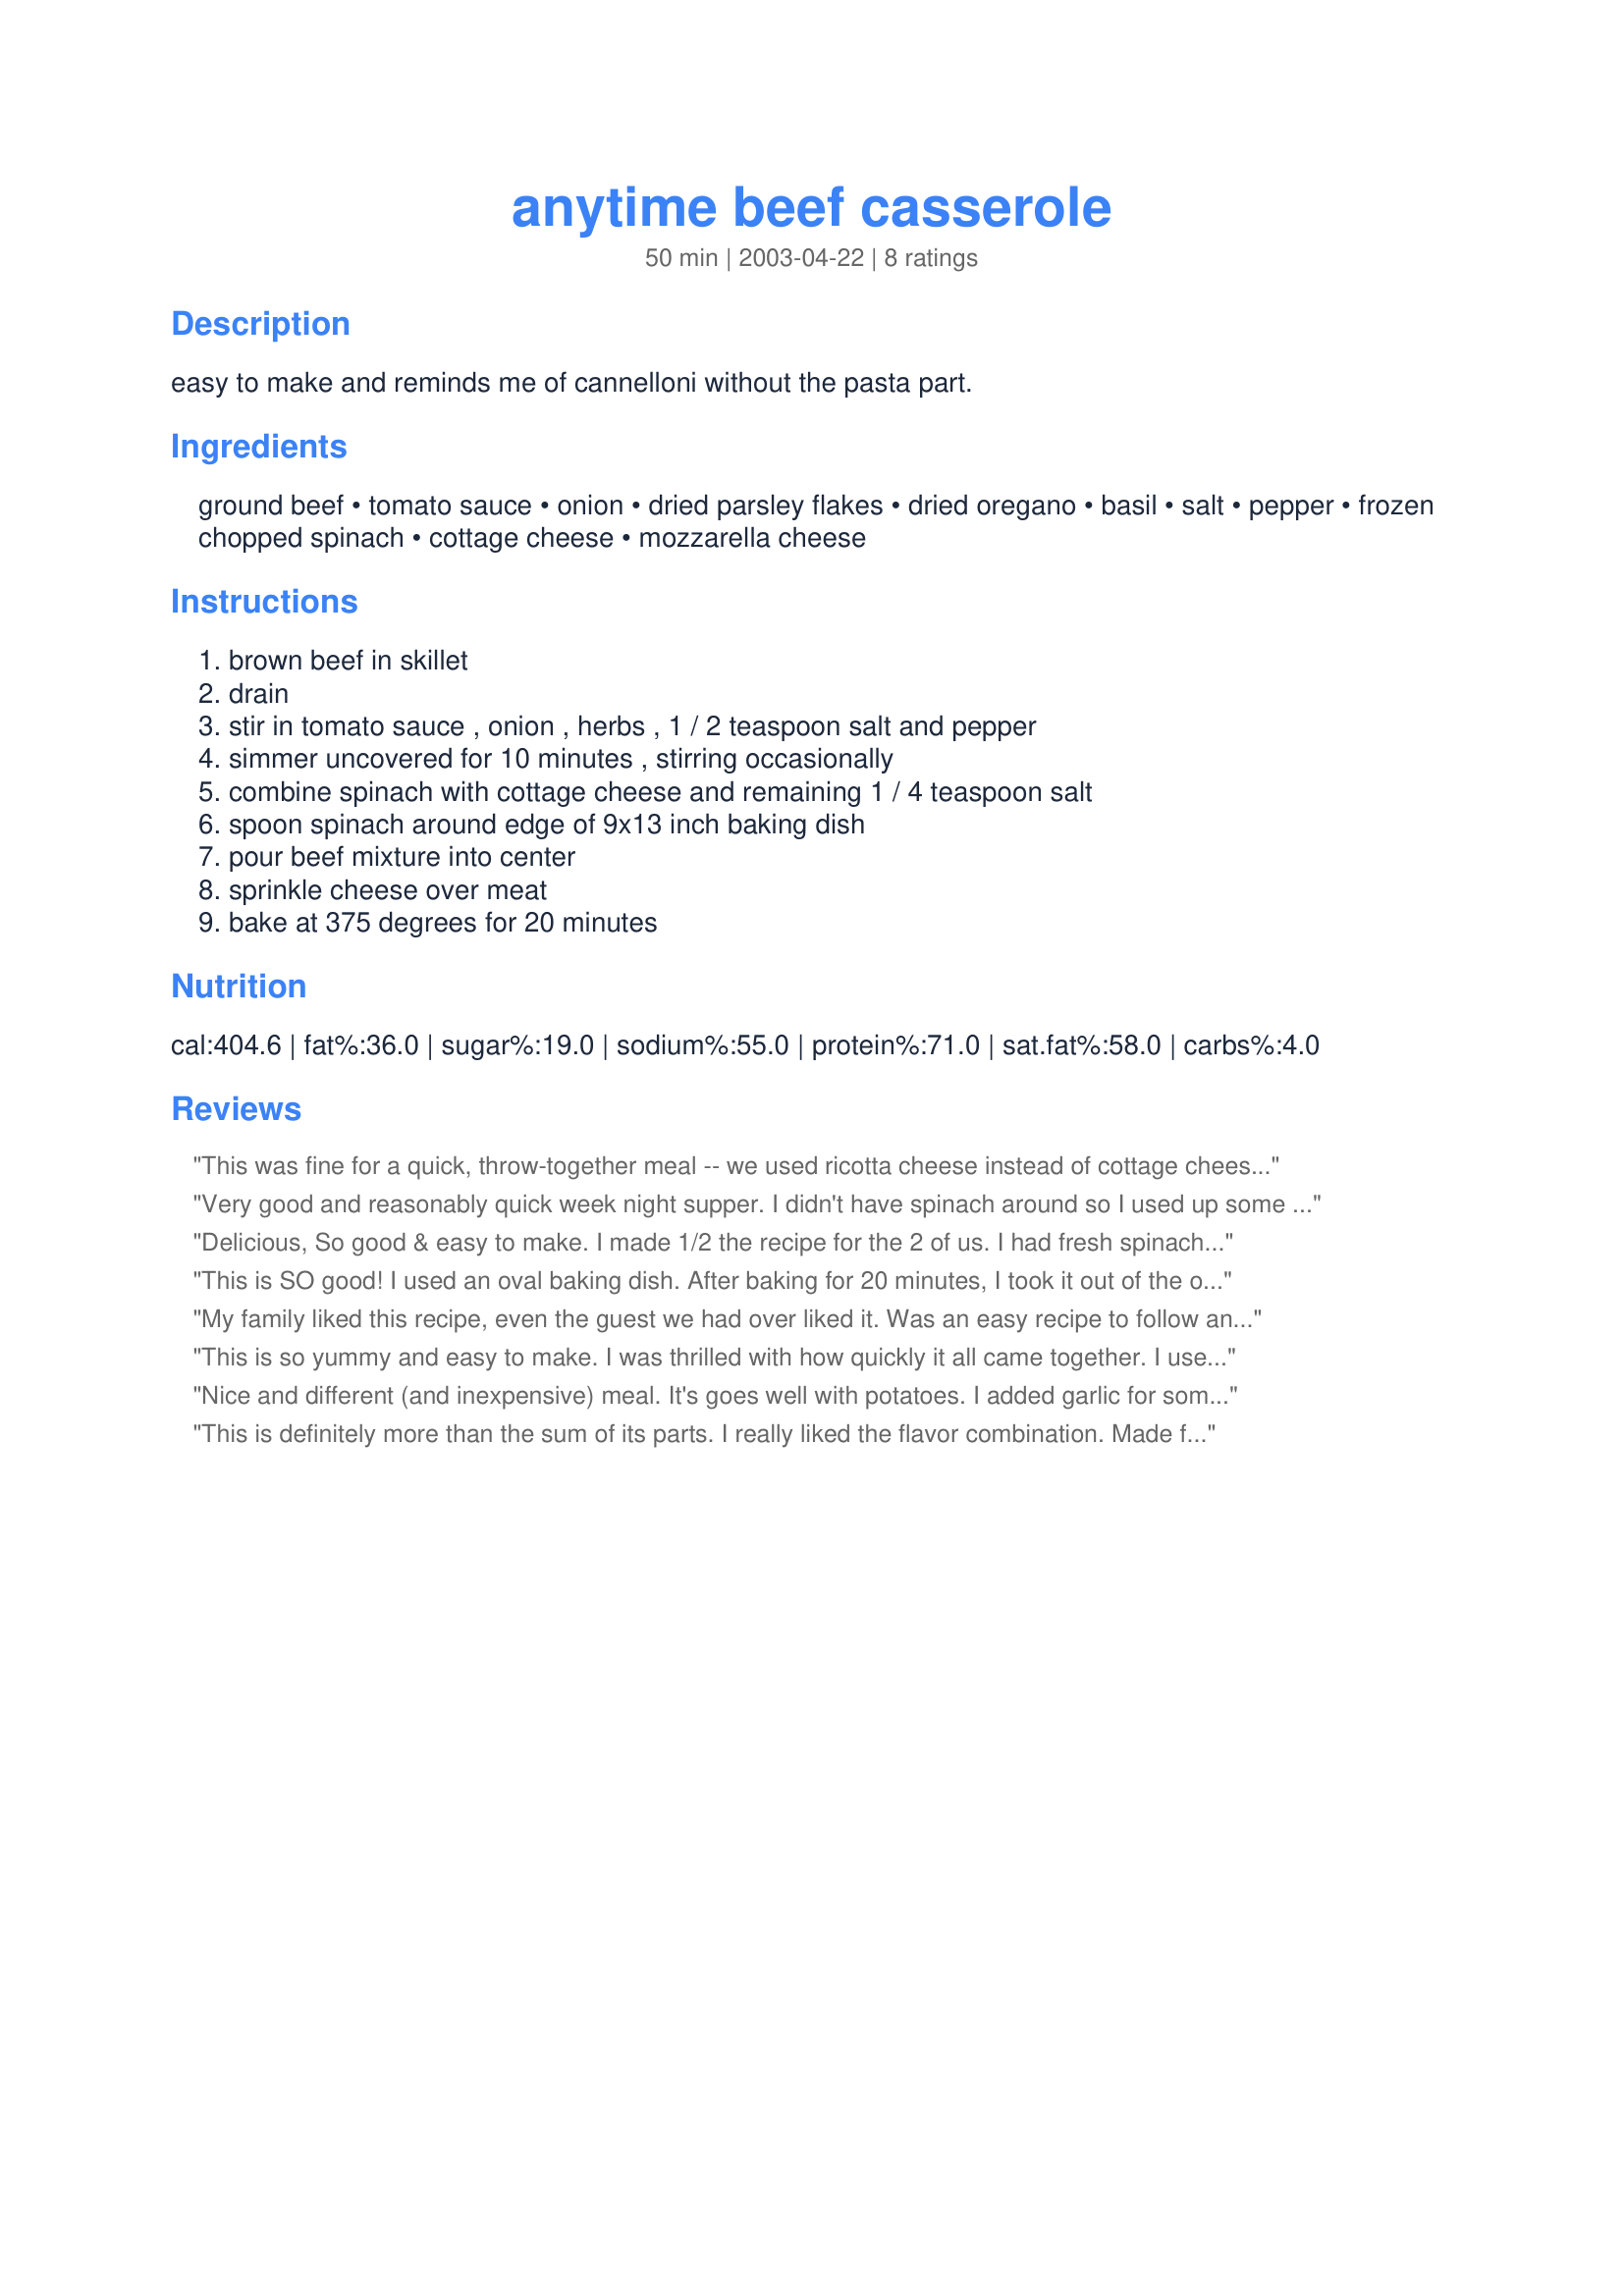
anytime beef casserole
Preparation time: 50 minutes

easy to make and reminds me of cannelloni without the pasta part.

Ingredients:
ground beef, tomato sauce, onion, dried parsley flakes, dried oregano, basil, salt, pepper, frozen chopped spinach, cottage cheese, mozzarella cheese

Steps:
brown beef in skillet, drain, stir in tomato sauce , onion , herbs , 1 / 2 teaspoon salt and pepper, simmer uncovered for 10 minutes , stirring occasionally, combine spinach with cottage cheese and remaining 1 / 4 teaspoon salt, spoon spinach around edge of 9x13 inch baking dish, pour beef mixture into center, sprinkle cheese over meat, bake at 375 degrees for 20 minutes

Reviews:
This was fine for a quick, throw-together meal -- we used ricotta cheese instead of cottage cheese; otherwise we followed the directions to the letter. We had leftovers (there are only 2 of us!), and they've reheated very well for lunches.
Very good and reasonably quick week night supper. I didn't have spinach around so I used up some left over broccoli which worked very well.Good flavour combination and the cottage cheese was a nice change. Thanks for sharing.
Delicious, So good & easy to make. I made 1/2 the recipe for the 2 of us. I had fresh spinach, so I steamed & drained it. Baked it for about 25 minutes it was bubbly and browned. DH said, this is a keeper. Like you said, tasted like Cannelloni without the pasta. Thank you Ginny for sharing this recipe.
This is SO good! I used an oval baking dish. After baking for 20 minutes, I took it out of the oven and set my broiler to high, without changing the rack level. After it preheated 5 minutes, I set it under the broiler until the cheese was bubbly and browning like I like it. To die for! It really is like cannelloni without the cannelloni! LOL
My family liked this recipe, even the guest we had over liked it. Was an easy recipe to follow and make. Tasted great.
This is so yummy and easy to make. I was thrilled with how quickly it all came together. I used about 1/2 the amount of cottage cheese and added a bit of parmesan cheese. It was delicious. Definitely a keeper. Thanks for the recipe.
Nice and different (and inexpensive) meal. It's goes well with potatoes. I added garlic for some extra flavor. The spinach part wasn't as creamy as I would have liked. I would make this again and use either ricotta cheese or cream cheese instead of the cottage cheese. Thanx for sharing.
This is definitely more than the sum of its parts. I really liked the flavor combination.
Made for Freezer Tag 2008. I made the casserole through step 7 then froze it. I thawed it in the fridge for a day before baking, covered about 30 minutes. Then I uncovered it and baked it about 20 minutes more. 
Very nice flavor and very filling.
Be sure to drain the spinach very well so you don't get a soggy casserole.
I'll make this again. A nice change of pace from my usual hamburger casseroles.
